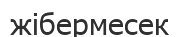
жібермесек